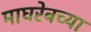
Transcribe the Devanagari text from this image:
माघरेबच्या